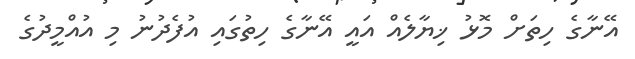
އޭނާގެ ހިތަށް މޮޅު ޚިޔާލެއް އައީ އޭނާގެ ހިތުގައި އުފެދުނު މި އުއްމީދުގެ